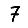
Digit: 7